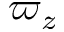
\varpi _ { z }